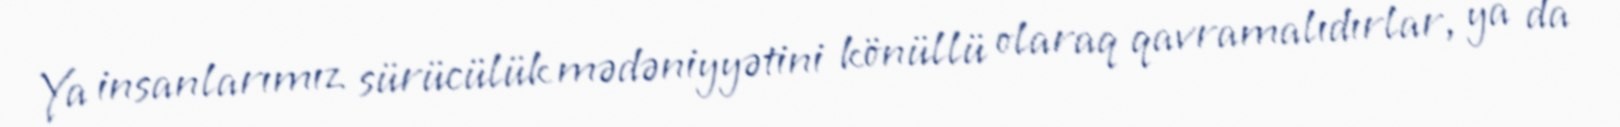
Ya insanlarımız sürücülük mədəniyyətini könüllü olaraq qavramalıdırlar, ya da